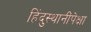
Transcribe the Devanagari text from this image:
हिंदुस्थानींपेक्षा